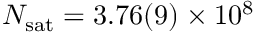
\ensuremath { N _ { \mathrm { s a t } } } = 3 . 7 6 ( 9 ) \times 1 0 ^ { 8 }